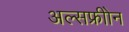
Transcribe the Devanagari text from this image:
अल्सफ्रीोन